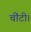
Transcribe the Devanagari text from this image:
चींटी।